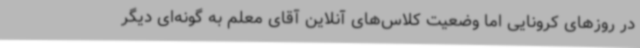
در روزهای کرونایی اما وضعیت کلاس‌های آنلاین آقای معلم به گونه‌ای دیگر